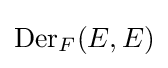
\operatorname {Der} _{F}(E,E)